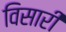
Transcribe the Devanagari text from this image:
विसारी